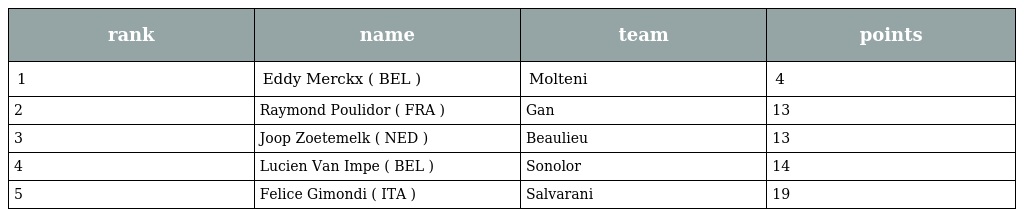
| rank | name | team | points |
 | --- | --- | --- | --- |
 | 1 | Eddy Merckx ( BEL ) | Molteni | 4 |
 | 2 | Raymond Poulidor ( FRA ) | Gan | 13 |
 | 3 | Joop Zoetemelk ( NED ) | Beaulieu | 13 |
 | 4 | Lucien Van Impe ( BEL ) | Sonolor | 14 |
 | 5 | Felice Gimondi ( ITA ) | Salvarani | 19 |